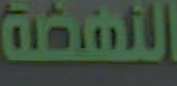
النهضة